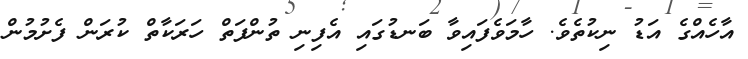
އާހެއްގެ އަޑު ނިކުތެވެ. ހާމަވެފައިވާ ބަނޑުގައި އެފިނި ތުންފަތް ހަރަކާތް ކުރަން ފެށުމުން